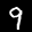
Label: 9